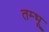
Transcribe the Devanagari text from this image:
तम्भू